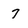
Character: 7